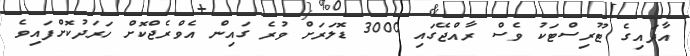
އާދައިގެ ޓޫރިސްޓަކު ވެސް ރާއްޖޭގައި 3000 ޑޮލަރަށް ވުރެ ގައިން އެވްރެޖްކޮށް ހަރަދުކޮށްފައިވެ